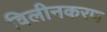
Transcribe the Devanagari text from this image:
विलीनकरण